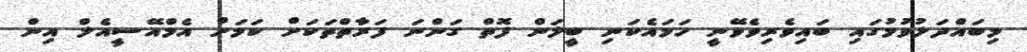
މިބައްދަލުވުމުގައި ބައިވެރިވެވޭނީ ހަމައެކަނި ބީލަން ފޮތް ގަންނަ ފަރާތްތަކަށް ކަމަށް އެމްްއޭސީއެލް އިން